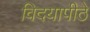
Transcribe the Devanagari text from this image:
विदयापीठे